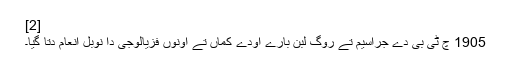
[2]
1905 چ ٹی بی دے جراسیم تے روگ لبن بارے اودے کماں تے اونوں فزیالوجی دا نوبل انعام دتا گیا۔